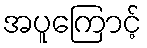
အပူကြောင့်